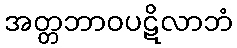
အတ္တဘာဝပဋိလာဘံ